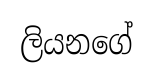
ලියනගේ